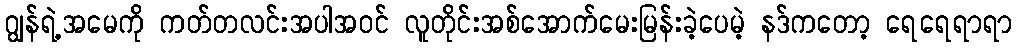
ဂျွန်ရဲ့အမေကို ကတ်တလင်းအပါအဝင် လူတိုင်းအစ်အောက်မေးမြန်းခဲ့ပေမဲ့ နဒ်ကတော့ ရေရေရာရာ